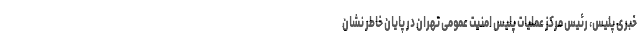
خبری پلیس، رئیس مرکز عملیات پلیس امنیت عمومی تهران در پایان خاطر نشان